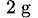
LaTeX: _{\mathrm{~2~g~}}